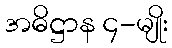
အဓိဋ္ဌာန ၄-မျိုး